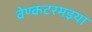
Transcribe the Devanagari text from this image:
वेण्कटरमइया